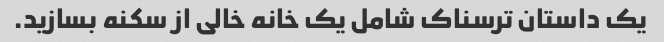
یک داستان ترسناک شامل یک خانه خالی از سکنه بسازید.